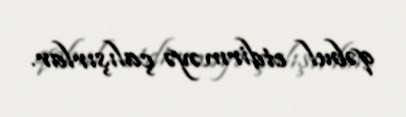
qəbul etdirməyə çalışırlar.